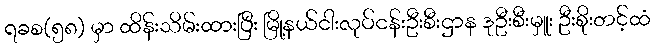
ရခစ(၅၈) မှာ ထိန်းသိမ်းထားပြီး မြို့နယ်ငါးလုပ်ငန်းဦးစီးဌာန ဒုဦးစီးမှူး ဦးစိုးတင့်ထံ